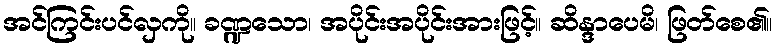
အင်ကြင်းပင်လှကို။ ခဏ္ဍသော၊ အပိုင်းအပိုင်းအားဖြင့်။ ဆိန္ဒာပေမိ၊ ဖြတ်စေ၏။